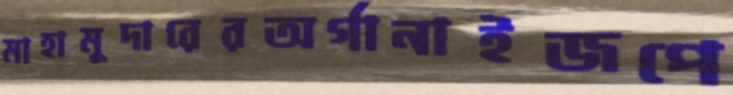
মাহামুদারেরঅর্গানাইজপে